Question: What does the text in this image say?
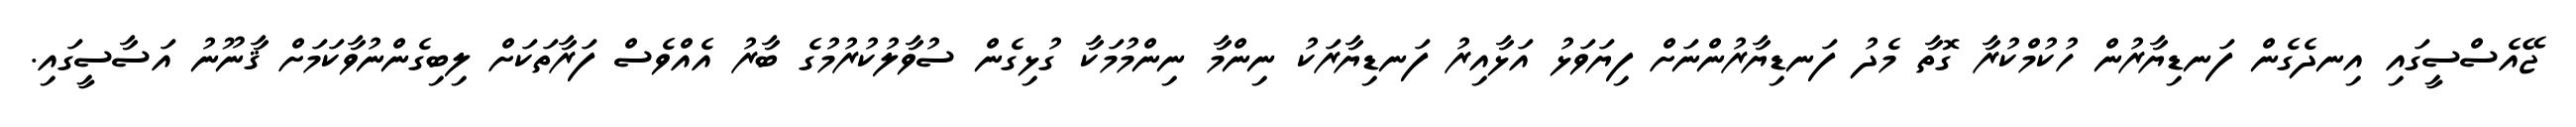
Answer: ޖޭއެސްސީގައި އިނދެގެން ފަނޑިޔާރުން ހުކުމްކުރާ ގޮތާ މެދު ފަނޑިޔާރުންނަށް ފިޔަވަޅު އަޅާއިރު ފަނޑިޔާރަކު ނިންމާ ނިންމުމަކާ ގުޅިގެން ސުވާލުކުރުމުގެ ބާރު އެއްވެސް ފަރާތަކަށް ލިބިގެންނުވާކަމަށް ޤާނޫނު އަސާސީގައި.